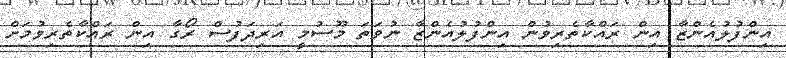
އިންފުލުއެންޒާ އިން ރައްކާތެރިވުން އިންފުލުއެންޒާ ނުވަތަ މޫސުމީ އަރިދަފުސް ރޯގާ އިން ރައްކާތެރިވުމަށް